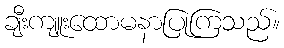
ချီးကျူးထောမနာပြုကြသည်။